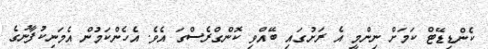
ކެންޑިޑޭޓް ކަމަށް ނިންމީ އެ ރަށުގައި ބޭއްވި ކޮންގްރެސްގަ އެވެ. އެހެންކަމުން އެމަނިކުފާނުގެ